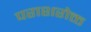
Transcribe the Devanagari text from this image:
पराशरोक्त